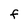
Character: F